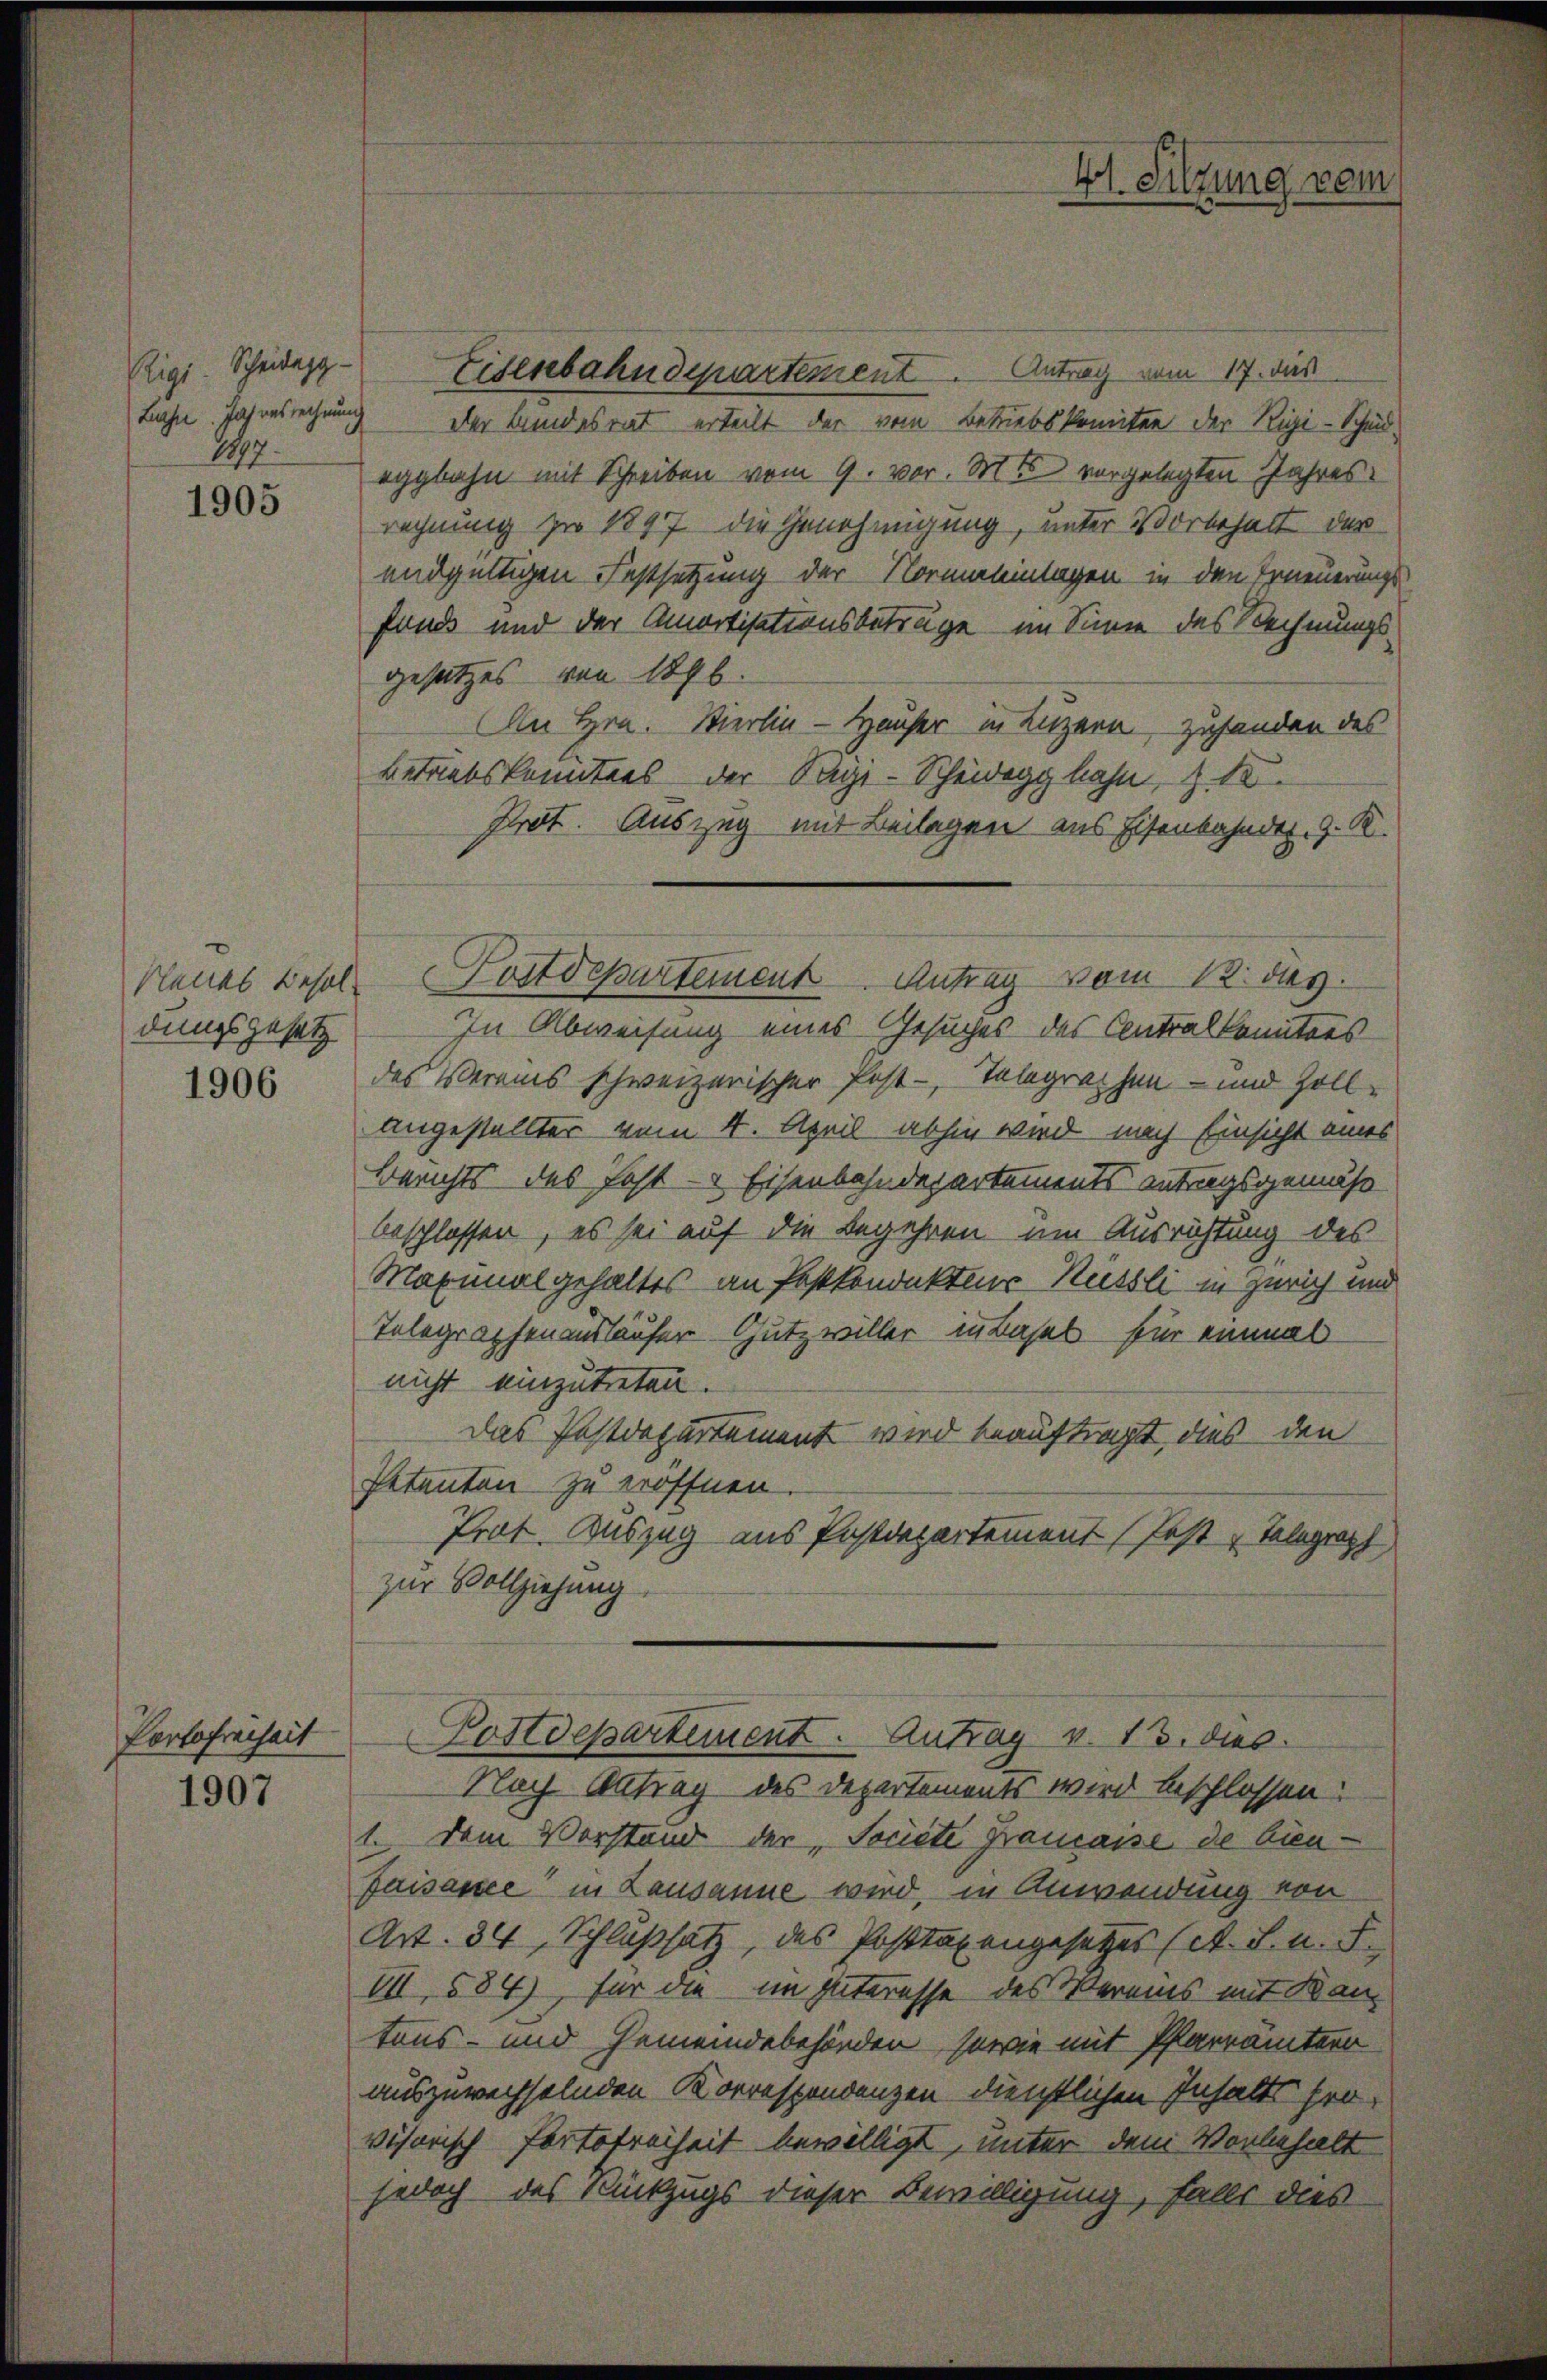
147.

1905

dungsgesetz

1906

Portofreiheit

1907

Rigi. Scheides Eisesebahndepartement. Antrag vom 17. dies
Lüche Jahresrechnung der Bundesrat erteilt der vom Betriebskomiten der Rigi-Schad
eggbahn mit Schreiben vom 9. vor. Mts. vorgelegten Jahres
rechnung zu 1897 die Genehmigung, unter Vorbehalt der
endgültigen Festsetzung der Normaleinlagen in den Erneuerungsfand und der Amortisationsbeträge im Sinne des Rechnungsgesetzes von 1876.
An Hrn. Wierlin - Hauser in Luzern, zufanden des
betriebskomitees der Sage-Scheideggbahn, z. B.
Prot. Auszug mit Beilagen aus Eisenbahnder, z. K.
In Abweisung eines Gesuches des Contralkomitees
des Vereins schweizerischer fest-, Telegraphen- und Zollangestellter vom 4. April abhin wird nach Einsicht eines
Berichts des Fest - Eisenbahndepartements antragsgemäs
beschlossen, es sei auf die Begehren um Ausrichtung des
Maximal gehaltes an Festkondaktors Nüssli in Zürich und
Telegraphenausläufer Gutz willer in Basel für einmal
nicht einzutreten.
Das Postdepartement wird beauftragt, dies den
Petenten zu eröffnen.
Prot. Auszug aus Postdepartement (fest Telegraph
zur Vollziehung
Postdepartement. Antrag v. 15. dies
Nach Antrag des Departements wird beschlossen:
1. Dem Vorstand der Societe Francaise de bienfaisance in Lausanne wird, in Anwendung von
Art. 34, Schlußsatz, des Posttaxengesetzes (lt. S. n. F.
VII, 584), für die im Interesse des Vereins mit Bautons- und Gemeindebehörden, sowie mit Pfarrämtern
auszuwechselnden Korrespondenzen dienstlichen Inhalts frovisorisch Portofreiheit bewilligt, unter dem Vorbehalt
jedoch des Rückzugs dieser Bewilligung, falls dies

Klaues Besol. Kostdepartement Antrag vom 12. ds.

Hl. Sitzung vom